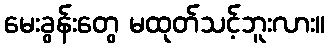
မေးခွန်းတွေ မထုတ်သင့်ဘူးလား။